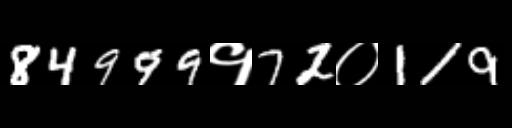
Text: 84999१72०119